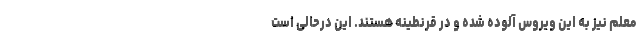
معلم نیز به این ویروس آلوده شده و در قرنطینه هستند. این درحالی است